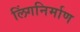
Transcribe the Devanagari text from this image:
लिंगनिर्माण